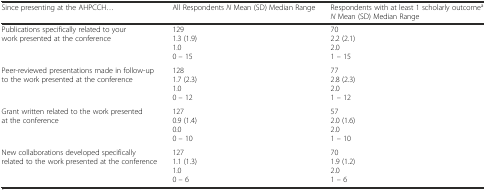
| Since presenting at the AHPCCH... | All Respondents N Mean (SD) Median Range | Respondents with at least 1 scholarly outcomeaN Mean (SD) Median Range |
 | --- | --- | --- |
 | Publications specifically related to your work presented at the conference | 129 1.3 (1.9) 1.0 0 – 15 | 70 2.2 (2.1) 2.0 1 – 15 |
 | Peer-reviewed presentations made in follow-up to the work presented at the conference | 128 1.7 (2.3) 1.0 0 – 12 | 77 2.8 (2.3) 2.0 1 – 12 |
 | Grant written related to the work presented at the conference | 127 0.9 (1.4) 0.0 0 – 10 | 57 2.0 (1.6) 2.0 1 – 10 |
 | New collaborations developed specifically related to the work presented at the conference | 127 1.1 (1.3) 1.0 0 – 6 | 70 1.9 (1.2) 2.0 1 – 6 |